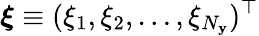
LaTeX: \boldsymbol{\xi}\equiv(\xi_{1},\xi_{2},\ldots,\xi_{N_{\mathbf{y}}})^{\top}